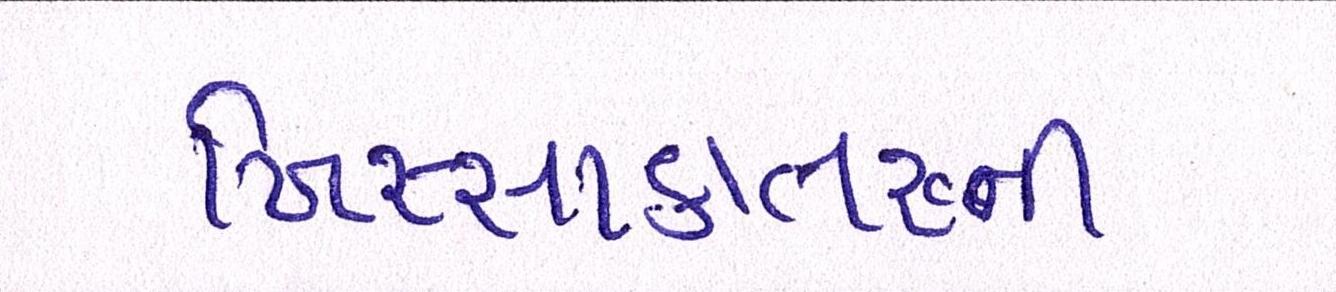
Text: ખિસ્સાકાતરુની